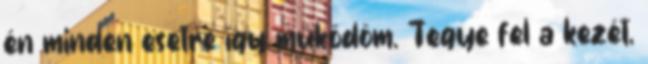
én minden esetre így működöm. Tegye fel a kezét,